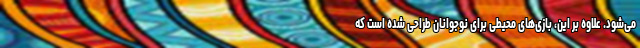
می‌شود. علاوه بر این، بازی‌های محیطی برای نوجوانان طراحی شده است که